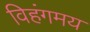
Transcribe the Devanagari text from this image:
विहंगमय